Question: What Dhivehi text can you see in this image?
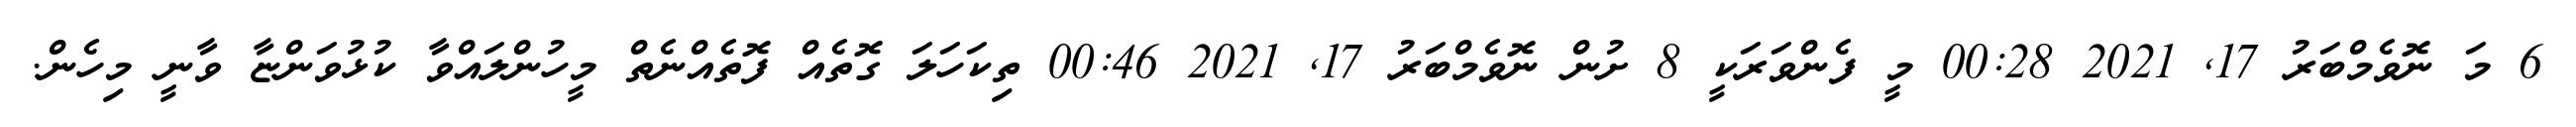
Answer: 6 މަ ނޮވެމްބަރު 17, 2021 00:28 މީ ފެންވަރަކީ 8 ށުން ނޮވެމްބަރު 17, 2021 00:46 ތިކަހަލަ ގޮތެއް ފޮތެއްނެތް މީހުންލައްވާ ކުޅުވަންޏާ ވާނީ މިހެން.